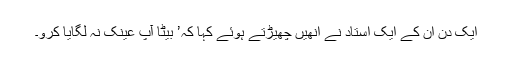
ایک دن ان کے ایک استاد نے انھیں چھیڑتے ہوئے کہا کہ’ بیٹا آپ عینک نہ لگایا کرو۔